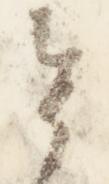
者